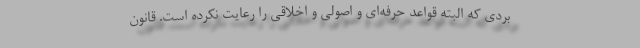
بردی که البته قواعد حرفه‌ای و اصولی و اخلاقی را رعایت نکرده است. قانون